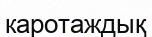
каротаждық